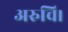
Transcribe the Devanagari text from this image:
अरुचि।